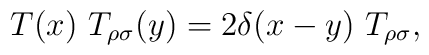
T(x)~T_{\rho \sigma }(y)=2\delta (x-y)~T_{\rho \sigma },